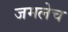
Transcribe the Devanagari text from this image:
जमलेच